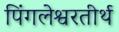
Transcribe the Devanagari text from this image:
पिंगलेश्वरतीर्थ